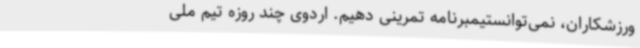
ورزشکاران، نمی‌توانستیمبرنامه تمرینی دهیم. اردوی چند روزه تیم ملی